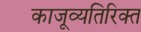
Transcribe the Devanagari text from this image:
काजूव्यतिरिक्त